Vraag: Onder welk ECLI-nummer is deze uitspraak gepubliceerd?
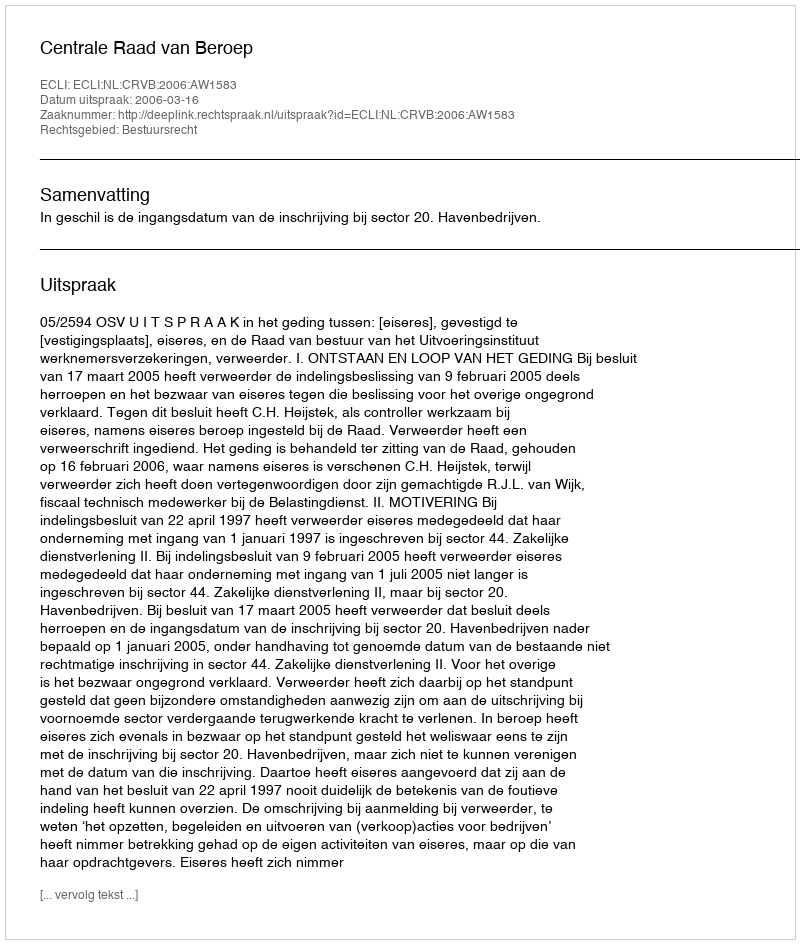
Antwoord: ECLI:NL:CRVB:2006:AW1583